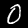
Digit: 0